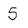
Character: 5